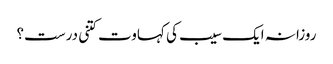
روزانہ ایک سیب کی کہاوت کتنی درست؟